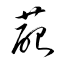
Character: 蓜